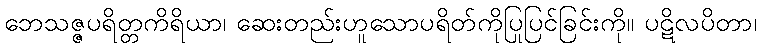
ဘေသဇ္ဇပရိတ္တကိရိယာ၊ ဆေးတည်းဟူသောပရိတ်ကိုပြုပြင်ခြင်းကို။ ပဋိလပိတာ၊